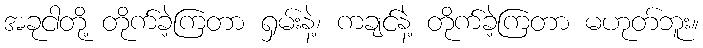
အခုငါတို့ တိုက်ခဲ့ကြတာ ရှမ်းနဲ့၊ ကချင်နဲ့ တိုက်ခဲ့ကြတာ မဟုတ်ဘူး။